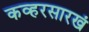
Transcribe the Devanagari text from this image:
कव्हरसारखं